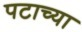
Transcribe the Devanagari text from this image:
पटाच्या